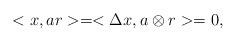
\begin{align*}<x, a r> = <\Delta x ,a \otimes r > = 0,\end{align*}